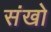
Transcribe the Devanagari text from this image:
संखो